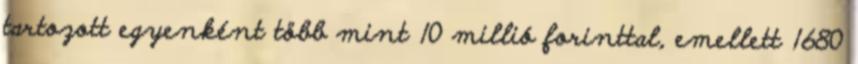
tartozott egyenként több mint 10 millió forinttal, emellett 1680